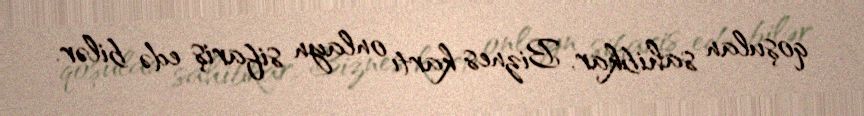
qoşulan sahibkar, Biznes kartı onlayn sifariş edə bilər.